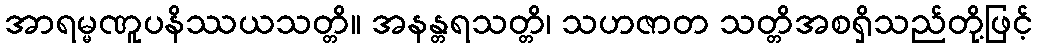
အာရမ္မဏူပနိဿယသတ္တိ။ အနန္တရသတ္တိ၊ သဟဇာတ သတ္တိအစရှိသည်တို့ဖြင့်